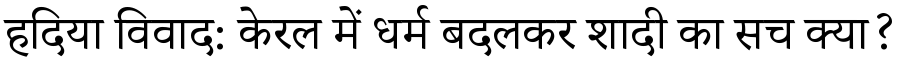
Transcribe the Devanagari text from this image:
हदिया विवाद: केरल में धर्म बदलकर शादी का सच क्या?